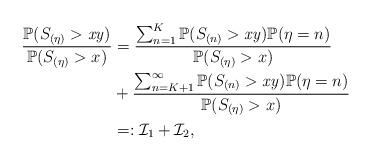
LaTeX: \begin{align*} \frac{\mathbb{P}(S_{(\eta)}>\mathit{xy})}{\mathbb{P}(S_{(\eta)}>x)}&=\frac{\sum_{n=1}^{K}\mathbb{P}(S_{(n)}>\mathit{xy})\mathbb{P}(\eta=n)}{\mathbb{P}(S_{(\eta)}>x)}\\&+\frac{\sum_{n=K+1}^{\infty}\mathbb{P}(S_{(n)}>\mathit{xy})\mathbb{P}(\eta=n)}{\mathbb{P}(S_{(\eta)}>x)}\\&=:\mathcal{I}_{1}+\mathcal{I}_{2},\end{align*}